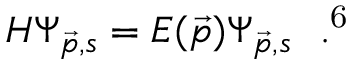
H \Psi _ { \vec { p } , s } = E ( \vec { p } ) \Psi _ { \vec { p } , s } ~ ~ . \footnotemark [ 6 ]